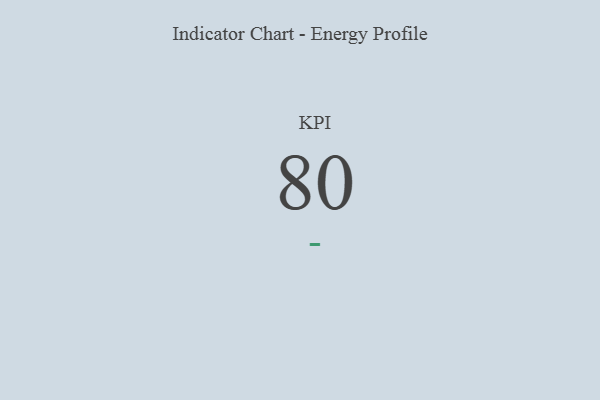
{"axis": {"x": "KPI", "y": "Value"}, "legend": [""], "data": [{"x": "KPI", "y": 80, "type": ""}]}